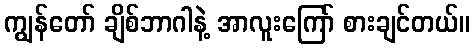
ကျွန်တော် ချိစ်ဘာဂါနဲ့ အာလူးကြော် စားချင်တယ်။